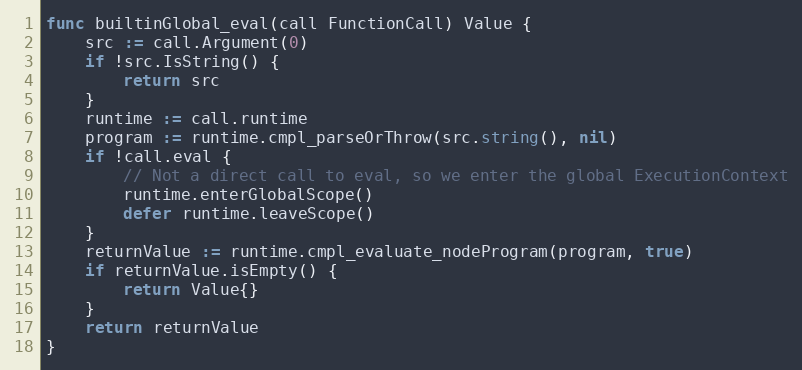
Language: Go
func builtinGlobal_eval(call FunctionCall) Value {
	src := call.Argument(0)
	if !src.IsString() {
		return src
	}
	runtime := call.runtime
	program := runtime.cmpl_parseOrThrow(src.string(), nil)
	if !call.eval {
		// Not a direct call to eval, so we enter the global ExecutionContext
		runtime.enterGlobalScope()
		defer runtime.leaveScope()
	}
	returnValue := runtime.cmpl_evaluate_nodeProgram(program, true)
	if returnValue.isEmpty() {
		return Value{}
	}
	return returnValue
}